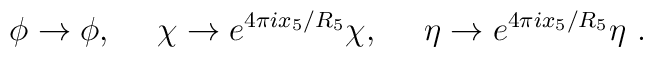
\phi \rightarrow \phi,~~~~\chi\rightarrow e^{4\pi i x_5/R_5} \chi,~~~~\eta\rightarrow e^{4\pi i x_5/R_5}\eta\ .